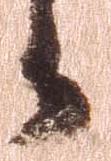
々